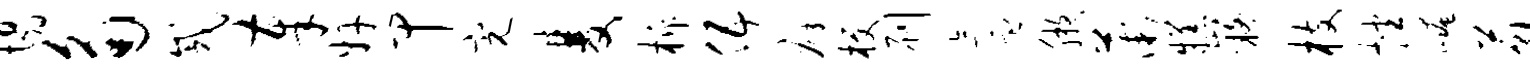
塌角戚奉奸甲完双柝伍癖梗刷氲腋薇糕嶷枝挫崦藐